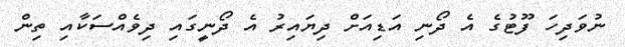
ނުވަދިހަ ފޫޓުގެ އެ ދޯނި އަޑިއަށް ދިޔައިރު އެ ދޯނީގައި ދިވެއްސަކާއި ތިން